Vaccination in the Punjab 1867-1880 - 1867-1880
Year: 1867
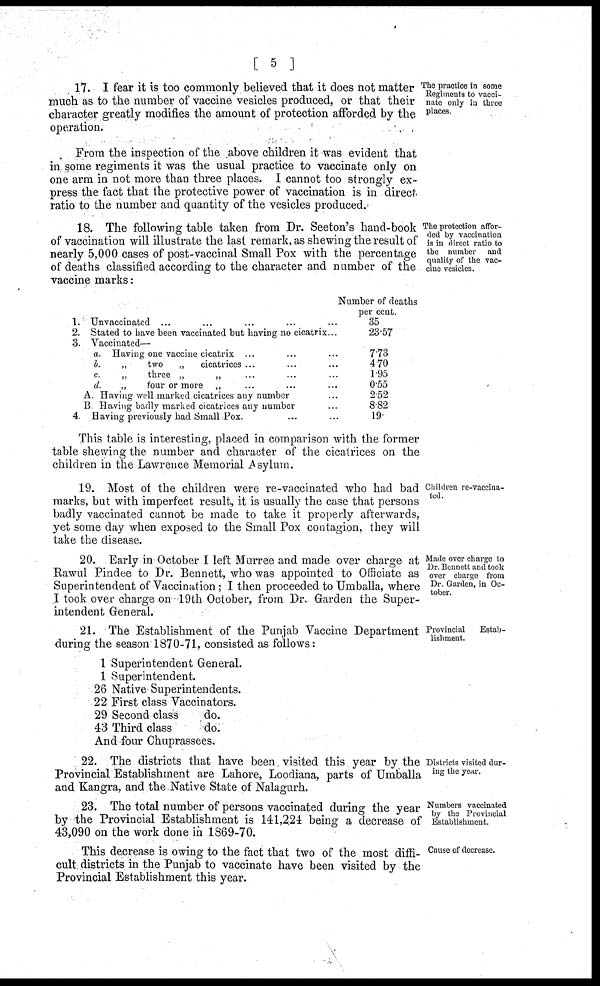
[ 5 ]
The practice in some
Regiments to vacci-
nate only in three
places.
17. I fear it is too commonly believed that it does not matter
much as to the number of vaccine vesicles produced, or that their
character greatly modifies the amount of protection afforded by the
operation.
From the inspection of the above children it was evident that
in some regiments it was the usual practice to vaccinate only on
one arm in not more than three places. I cannot too strongly ex-
press the fact that the protective power of vaccination is in direct
ratio to the number and quantity of the vesicles produced.
The protection affor-
ded by vaccination
is in direct ratio to
the number and
quality of the vac-
cine vesicles.
18. The following table taken from Dr. Seeton's hand-book
of vaccination will illustrate the last remark, as shewing the result of
nearly 5,000 cases of post-vaccinal Small Pox with the percentage
of deaths classified according to the character and number of the
vaccine marks:
1.
2.
3.
4.
Unvaccinated ... ... ... ... ...
Stated to have been vaccinated but having no cicatrix. ...
Vaccinated—
a.
b.
c.
d.
A.
B
Having one vaccine cicatrix ... ... ...
„
two
„
cicatrices ... ... ...
„ three „ „ ... ... ...
„
four or more „ ... ... ...
Having well marked cicatrices any number ...
Having badly marked cicatrices any number ...
Having previously had Small Pox. ... ...
Number of deaths
per cent.
35
23.57
7.73
4.70
1.95
0.55
2.52
8.82
19
This table is interesting, placed in comparison with the former
table shewing the number and character of the cicatrices on the
children in the Lawrence Memorial Asylum.
Children re-vaccina-
ted.
19. Most of the children were re-vaccinated who had bad
marks, but with imperfect result, it is usually the case that persons
badly vaccinated cannot be made to take it properly afterwards,
yet some day when exposed to the Small Pox contagion, they will
take the disease.
Made over charge to
Dr. Bennett and took
over charge from
Dr. Garden, in Oc-
tober.
20. Early in October I left Murree and made over charge at
Rawul Pindee to Dr. Bennett, who was appointed to Officiate as
Superintendent of Vaccination ; I then proceeded to Umballa, where
I took over charge on 19 th October, from Dr. Garden the Super-
intendent General.
Provincial
Estab-
lishment.
21. The Establishment of the Punjab Vaccine Department
during the season 1870-71, consisted as follows:
1 Superintendent General.
1 Superintendent.
26 Native Superintendents.
22 First class Vaccinators.
29 Second class
do.
43 Third class
do.
And four Chuprassees.
Districts visited dur-
ing the year.
22. The districts that have been visited this year by the
Provincial Establishment are Lahore, Loodiana, parts of Umballa
and Kangra, and the Native State of Nalagurh.
Numbers vaccinated
by the Provincial
Establishment.
23. The total number of persons vaccinated during the year
by the Provincial Establishment is 141,224 being a decrease of
43,090 on the work done in 1869-70.
Cause of decrease.
This decrease is owing to the fact that two of the most diffi-
cult districts in the Punjab to vaccinate have been visited by the
Provincial Establishment this year.